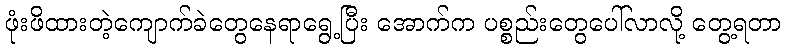
ဖုံးဖိထားတဲ့ကျောက်ခဲတွေနေရာရွေ့ပြီး အောက်က ပစ္စည်းတွေပေါ်လာလို့ တွေ့ရတာ